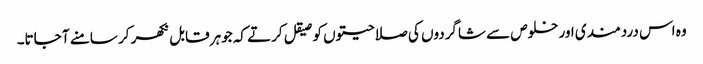
وہ اس دردمندی اور خلوص سے شاگردوں کی صلاحیتوں کو صیقل کرتے کہ جوہر قابل نکھر کر سامنے آ جاتا۔